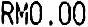
RM0.00